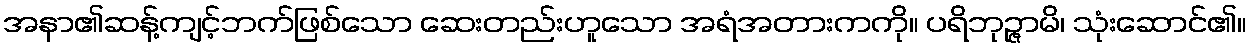
အနာ၏ဆန့်ကျင့်ဘက်ဖြစ်သော ဆေးတည်းဟူသော အရံအတားကကို။ ပရိဘုဉ္ဇာမိ၊ သုံးဆောင်၏။